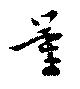
量